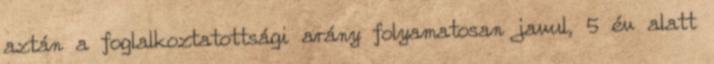
aztán a foglalkoztatottsági arány folyamatosan javul, 5 év alatt